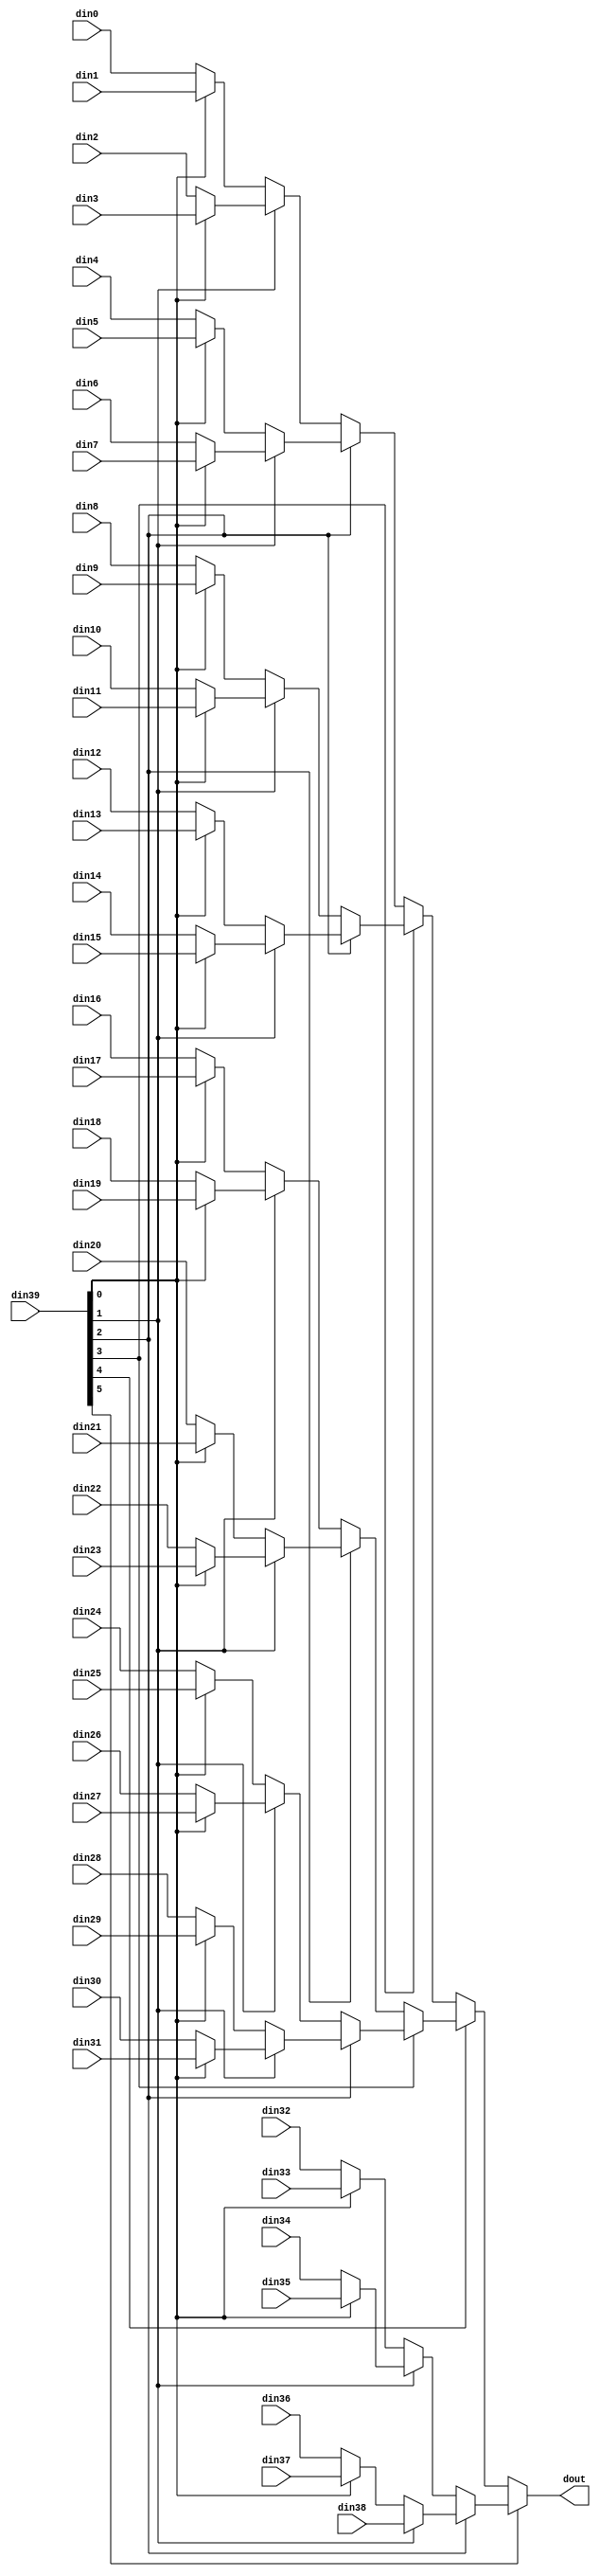
// ==============================================================
// Vitis HLS - High-Level Synthesis from C, C++ and OpenCL v2022.1 (64-bit)
// Tool Version Limit: 2022.04
// Copyright 1986-2022 Xilinx, Inc. All Rights Reserved.
// ==============================================================

`timescale 1ns/1ps

module vadd_mux_396_32_1_1 #(
parameter
    ID                = 0,
    NUM_STAGE         = 1,
    din0_WIDTH       = 32,
    din1_WIDTH       = 32,
    din2_WIDTH       = 32,
    din3_WIDTH       = 32,
    din4_WIDTH       = 32,
    din5_WIDTH       = 32,
    din6_WIDTH       = 32,
    din7_WIDTH       = 32,
    din8_WIDTH       = 32,
    din9_WIDTH       = 32,
    din10_WIDTH       = 32,
    din11_WIDTH       = 32,
    din12_WIDTH       = 32,
    din13_WIDTH       = 32,
    din14_WIDTH       = 32,
    din15_WIDTH       = 32,
    din16_WIDTH       = 32,
    din17_WIDTH       = 32,
    din18_WIDTH       = 32,
    din19_WIDTH       = 32,
    din20_WIDTH       = 32,
    din21_WIDTH       = 32,
    din22_WIDTH       = 32,
    din23_WIDTH       = 32,
    din24_WIDTH       = 32,
    din25_WIDTH       = 32,
    din26_WIDTH       = 32,
    din27_WIDTH       = 32,
    din28_WIDTH       = 32,
    din29_WIDTH       = 32,
    din30_WIDTH       = 32,
    din31_WIDTH       = 32,
    din32_WIDTH       = 32,
    din33_WIDTH       = 32,
    din34_WIDTH       = 32,
    din35_WIDTH       = 32,
    din36_WIDTH       = 32,
    din37_WIDTH       = 32,
    din38_WIDTH       = 32,
    din39_WIDTH         = 32,
    dout_WIDTH            = 32
)(
    input  [31 : 0]     din0,
    input  [31 : 0]     din1,
    input  [31 : 0]     din2,
    input  [31 : 0]     din3,
    input  [31 : 0]     din4,
    input  [31 : 0]     din5,
    input  [31 : 0]     din6,
    input  [31 : 0]     din7,
    input  [31 : 0]     din8,
    input  [31 : 0]     din9,
    input  [31 : 0]     din10,
    input  [31 : 0]     din11,
    input  [31 : 0]     din12,
    input  [31 : 0]     din13,
    input  [31 : 0]     din14,
    input  [31 : 0]     din15,
    input  [31 : 0]     din16,
    input  [31 : 0]     din17,
    input  [31 : 0]     din18,
    input  [31 : 0]     din19,
    input  [31 : 0]     din20,
    input  [31 : 0]     din21,
    input  [31 : 0]     din22,
    input  [31 : 0]     din23,
    input  [31 : 0]     din24,
    input  [31 : 0]     din25,
    input  [31 : 0]     din26,
    input  [31 : 0]     din27,
    input  [31 : 0]     din28,
    input  [31 : 0]     din29,
    input  [31 : 0]     din30,
    input  [31 : 0]     din31,
    input  [31 : 0]     din32,
    input  [31 : 0]     din33,
    input  [31 : 0]     din34,
    input  [31 : 0]     din35,
    input  [31 : 0]     din36,
    input  [31 : 0]     din37,
    input  [31 : 0]     din38,
    input  [5 : 0]    din39,
    output [31 : 0]   dout);

// puts internal signals
wire [5 : 0]     sel;
// level 1 signals
wire [31 : 0]         mux_1_0;
wire [31 : 0]         mux_1_1;
wire [31 : 0]         mux_1_2;
wire [31 : 0]         mux_1_3;
wire [31 : 0]         mux_1_4;
wire [31 : 0]         mux_1_5;
wire [31 : 0]         mux_1_6;
wire [31 : 0]         mux_1_7;
wire [31 : 0]         mux_1_8;
wire [31 : 0]         mux_1_9;
wire [31 : 0]         mux_1_10;
wire [31 : 0]         mux_1_11;
wire [31 : 0]         mux_1_12;
wire [31 : 0]         mux_1_13;
wire [31 : 0]         mux_1_14;
wire [31 : 0]         mux_1_15;
wire [31 : 0]         mux_1_16;
wire [31 : 0]         mux_1_17;
wire [31 : 0]         mux_1_18;
wire [31 : 0]         mux_1_19;
// level 2 signals
wire [31 : 0]         mux_2_0;
wire [31 : 0]         mux_2_1;
wire [31 : 0]         mux_2_2;
wire [31 : 0]         mux_2_3;
wire [31 : 0]         mux_2_4;
wire [31 : 0]         mux_2_5;
wire [31 : 0]         mux_2_6;
wire [31 : 0]         mux_2_7;
wire [31 : 0]         mux_2_8;
wire [31 : 0]         mux_2_9;
// level 3 signals
wire [31 : 0]         mux_3_0;
wire [31 : 0]         mux_3_1;
wire [31 : 0]         mux_3_2;
wire [31 : 0]         mux_3_3;
wire [31 : 0]         mux_3_4;
// level 4 signals
wire [31 : 0]         mux_4_0;
wire [31 : 0]         mux_4_1;
wire [31 : 0]         mux_4_2;
// level 5 signals
wire [31 : 0]         mux_5_0;
wire [31 : 0]         mux_5_1;
// level 6 signals
wire [31 : 0]         mux_6_0;

assign sel = din39;

// Generate level 1 logic
assign mux_1_0 = (sel[0] == 0)? din0 : din1;
assign mux_1_1 = (sel[0] == 0)? din2 : din3;
assign mux_1_2 = (sel[0] == 0)? din4 : din5;
assign mux_1_3 = (sel[0] == 0)? din6 : din7;
assign mux_1_4 = (sel[0] == 0)? din8 : din9;
assign mux_1_5 = (sel[0] == 0)? din10 : din11;
assign mux_1_6 = (sel[0] == 0)? din12 : din13;
assign mux_1_7 = (sel[0] == 0)? din14 : din15;
assign mux_1_8 = (sel[0] == 0)? din16 : din17;
assign mux_1_9 = (sel[0] == 0)? din18 : din19;
assign mux_1_10 = (sel[0] == 0)? din20 : din21;
assign mux_1_11 = (sel[0] == 0)? din22 : din23;
assign mux_1_12 = (sel[0] == 0)? din24 : din25;
assign mux_1_13 = (sel[0] == 0)? din26 : din27;
assign mux_1_14 = (sel[0] == 0)? din28 : din29;
assign mux_1_15 = (sel[0] == 0)? din30 : din31;
assign mux_1_16 = (sel[0] == 0)? din32 : din33;
assign mux_1_17 = (sel[0] == 0)? din34 : din35;
assign mux_1_18 = (sel[0] == 0)? din36 : din37;
assign mux_1_19 = din38;

// Generate level 2 logic
assign mux_2_0 = (sel[1] == 0)? mux_1_0 : mux_1_1;
assign mux_2_1 = (sel[1] == 0)? mux_1_2 : mux_1_3;
assign mux_2_2 = (sel[1] == 0)? mux_1_4 : mux_1_5;
assign mux_2_3 = (sel[1] == 0)? mux_1_6 : mux_1_7;
assign mux_2_4 = (sel[1] == 0)? mux_1_8 : mux_1_9;
assign mux_2_5 = (sel[1] == 0)? mux_1_10 : mux_1_11;
assign mux_2_6 = (sel[1] == 0)? mux_1_12 : mux_1_13;
assign mux_2_7 = (sel[1] == 0)? mux_1_14 : mux_1_15;
assign mux_2_8 = (sel[1] == 0)? mux_1_16 : mux_1_17;
assign mux_2_9 = (sel[1] == 0)? mux_1_18 : mux_1_19;

// Generate level 3 logic
assign mux_3_0 = (sel[2] == 0)? mux_2_0 : mux_2_1;
assign mux_3_1 = (sel[2] == 0)? mux_2_2 : mux_2_3;
assign mux_3_2 = (sel[2] == 0)? mux_2_4 : mux_2_5;
assign mux_3_3 = (sel[2] == 0)? mux_2_6 : mux_2_7;
assign mux_3_4 = (sel[2] == 0)? mux_2_8 : mux_2_9;

// Generate level 4 logic
assign mux_4_0 = (sel[3] == 0)? mux_3_0 : mux_3_1;
assign mux_4_1 = (sel[3] == 0)? mux_3_2 : mux_3_3;
assign mux_4_2 = mux_3_4;

// Generate level 5 logic
assign mux_5_0 = (sel[4] == 0)? mux_4_0 : mux_4_1;
assign mux_5_1 = mux_4_2;

// Generate level 6 logic
assign mux_6_0 = (sel[5] == 0)? mux_5_0 : mux_5_1;

// output logic
assign dout = mux_6_0;

endmodule